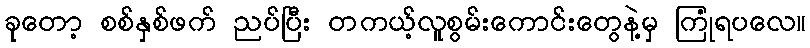
ခုတော့ စစ်နှစ်ဖက် ညပ်ပြီး တကယ့်လူစွမ်းကောင်းတွေနဲ့မှ ကြုံရပလေ။